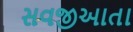
સવજીઆતા